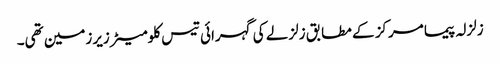
زلزلہ پیما مرکز کے مطابق زلزلے کی گہرائی تیس کلومیٹر زیرزمین تھی۔